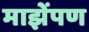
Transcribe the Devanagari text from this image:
माझेंपण